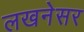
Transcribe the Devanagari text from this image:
लखनेसर